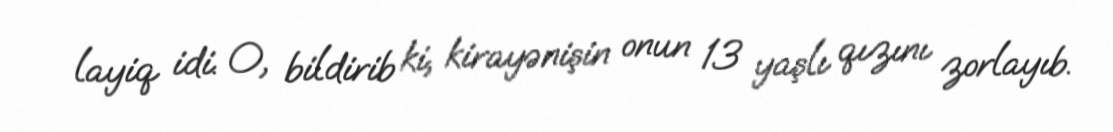
layiq idi. O, bildirib ki, kirayənişin onun 13 yaşlı qızını zorlayıb.